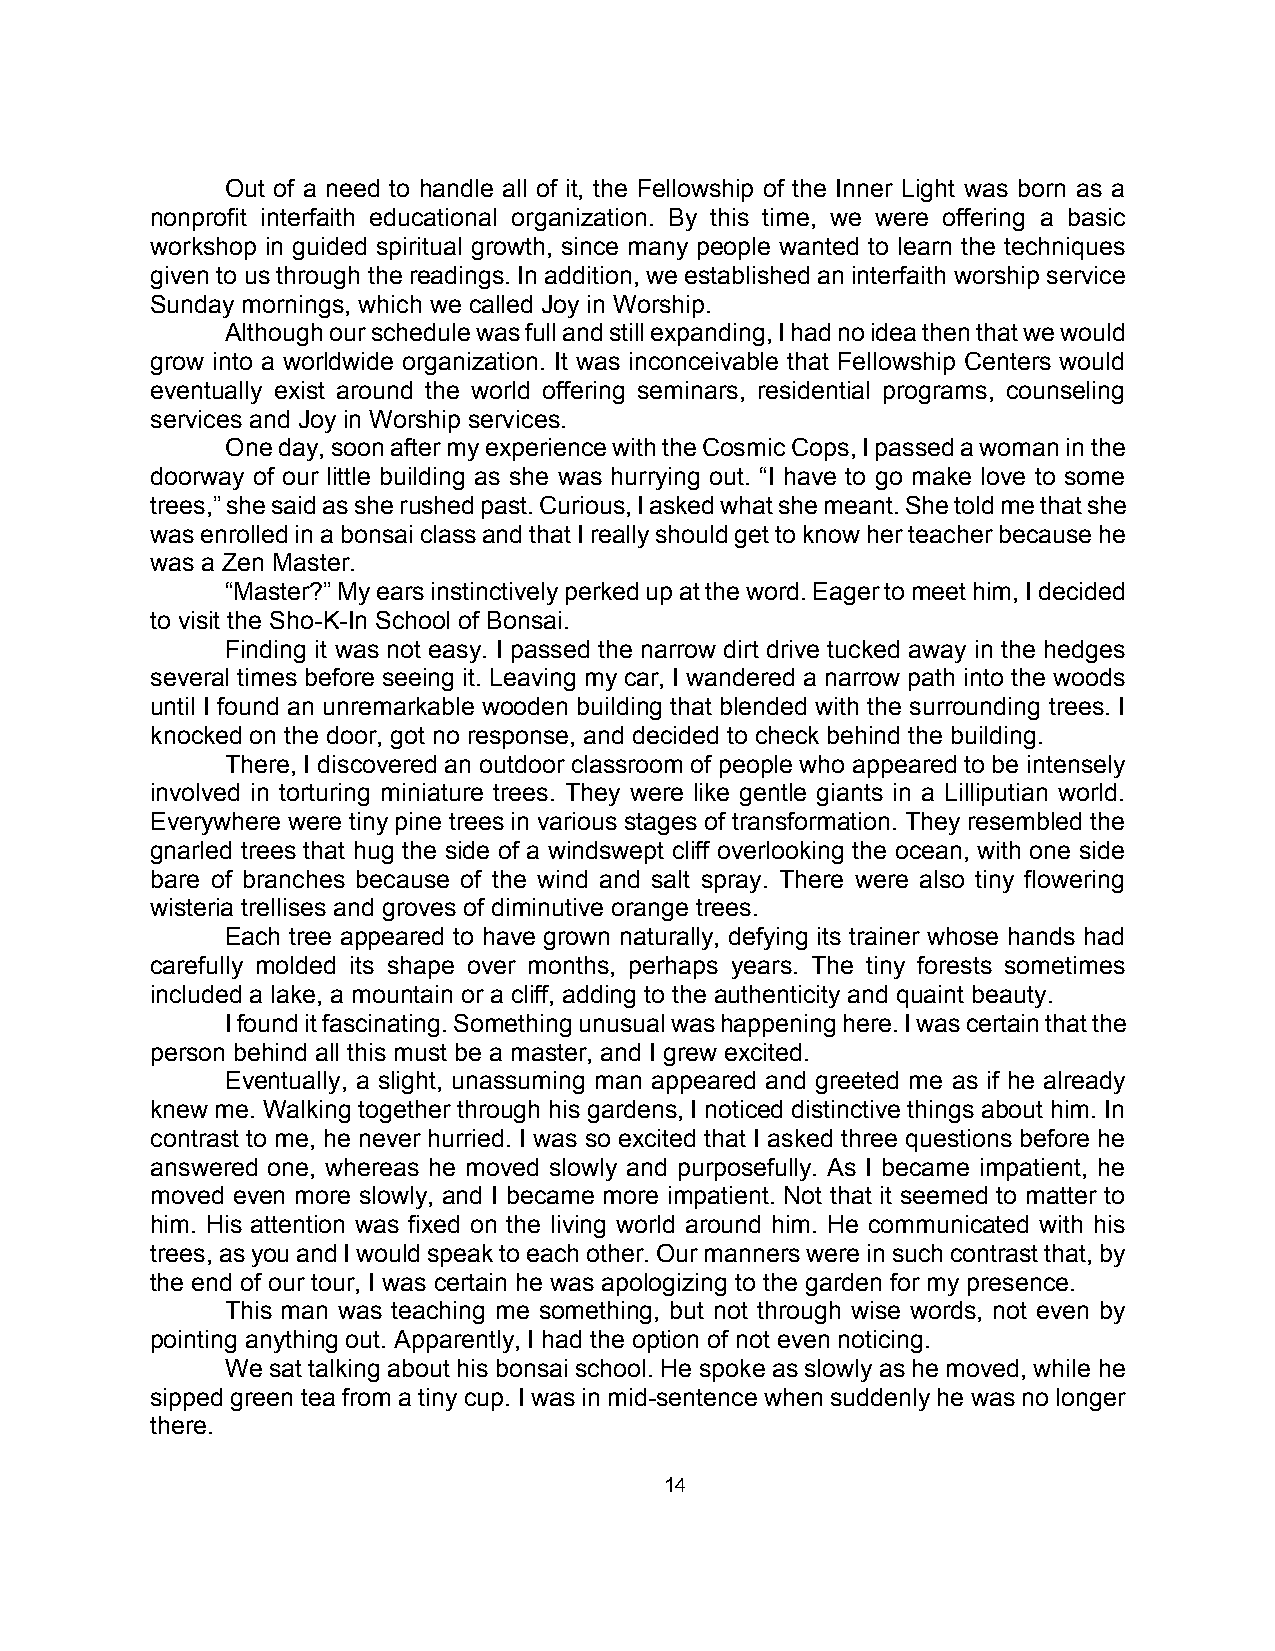
Out of a need to handle all of it, the Fellowship of the Inner Light was born as a
 nonprofit interfaith educational organization. By this time, we were offering a basic
 workshop in guided spiritual growth, since many people wanted to learn the techniques
 given to us through the readings. In addition, we established an interfaith worship service
 Sunday mornings, which we called Joy in Worship.
 Although our schedule was full and still expanding, I had no idea then that we would
 grow into a worldwide organization. It was inconceivable that Fellowship Centers would
 eventually exist around the world offering seminars, residential programs, counseling
 services and Joy in Worship services.
 One day, soon after my experience with the Cosmic Cops, I passed a woman in the
 doorway of our little building as she was hurrying out. “I have to go make love to some
 trees,” she said as she rushed past. Curious, I asked what she meant. She told me that she
 was enrolled in a bonsai class and that I really should get to know her teacher because he
 was a Zen Master.
 “Master?” My ears instinctively perked up at the word. Eager to meet him, I decided
 to visit the Sho-K-In School of Bonsai.
 Finding it was not easy. I passed the narrow dirt drive tucked away in the hedges
 several times before seeing it. Leaving my car, I wandered a narrow path into the woods
 until I found an unremarkable wooden building that blended with the surrounding trees. I
 knocked on the door, got no response, and decided to check behind the building.
 There, I discovered an outdoor classroom of people who appeared to be intensely
 involved in torturing miniature trees. They were like gentle giants in a Lilliputian world.
 Everywhere were tiny pine trees in various stages of transformation. They resembled the
 gnarled trees that hug the side of a windswept cliff overlooking the ocean, with one side
 bare of branches because of the wind and salt spray. There were also tiny flowering
 wisteria trellises and groves of diminutive orange trees.
 Each tree appeared to have grown naturally, defying its trainer whose hands had
 carefully molded its shape over months, perhaps years. The tiny forests sometimes
 included a lake, a mountain or a cliff, adding to the authenticity and quaint beauty.
 I found it fascinating. Something unusual was happening here. I was certain that the
 person behind all this must be a master, and I grew excited.
 Eventually, a slight, unassuming man appeared and greeted me as if he already
 knew me. Walking together through his gardens, I noticed distinctive things about him. In
 contrast to me, he never hurried. I was so excited that I asked three questions before he
 answered one, whereas he moved slowly and purposefully. As I became impatient, he
 moved even more slowly, and I became more impatient. Not that it seemed to matter to
 him. His attention was fixed on the living world around him. He communicated with his
 trees, as you and I would speak to each other. Our manners were in such contrast that, by
 the end of our tour, I was certain he was apologizing to the garden for my presence.
 This man was teaching me something, but not through wise words, not even by
 pointing anything out. Apparently, I had the option of not even noticing.
 We sat talking about his bonsai school. He spoke as slowly as he moved, while he
 sipped green tea from a tiny cup. I was in mid-sentence when suddenly he was no longer
 there.
 14